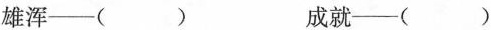
雄浑—() 成就—()